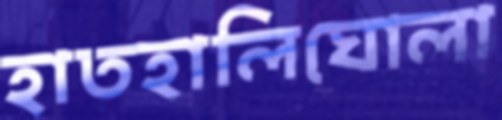
হাতহালিঘোলা